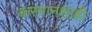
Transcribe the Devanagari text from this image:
करमानशाही